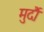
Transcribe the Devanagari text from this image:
मुदौं